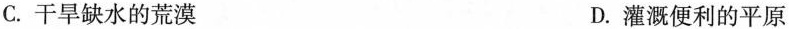
C.干旱缺水的荒漠 D.灌溉便利的平原